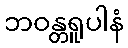
ဘဝန္တရူပါနံ